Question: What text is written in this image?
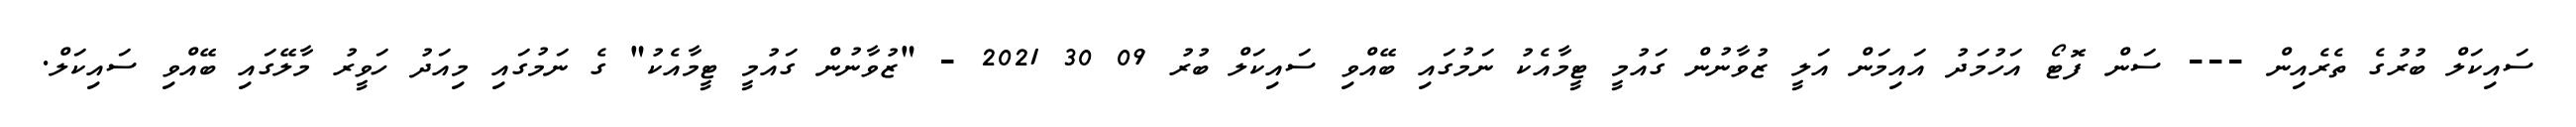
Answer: ސައިކަލް ބުރުގެ ތެރެއިން --- ސަން ފޮޓޯ އަހުމަދު އައިމަން އަލީ ޒުވާނުން ގައުމީ ޓީމާއެކު ނަމުގައި ބޭއްވި ސައިކަލް ބުރު 09 30 2021 - "ޒުވާނުން ގައުމީ ޓީމާއެކު" ގެ ނަމުގައި މިއަދު ހަވީރު މާލޭގައި ބޭއްވި ސައިކަލް.